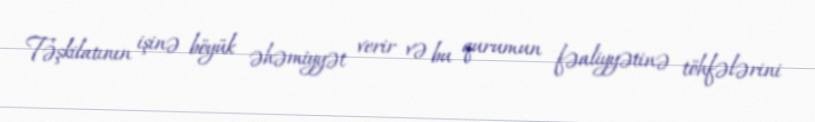
Təşkilatının işinə böyük əhəmiyyət verir və bu qurumun fəaliyyətinə töhfələrini